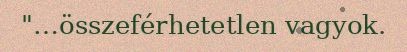
"…összeférhetetlen vagyok.